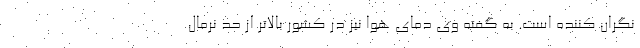
نگران کننده است. به گفته وی دمای هوا نیز در کشور بالاتر از حد نرمال